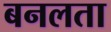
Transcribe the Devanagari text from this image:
बनलता